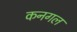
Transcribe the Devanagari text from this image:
कनगल